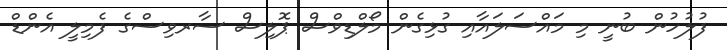
ފުލުހުން ބުނީ މި މައްސަލައާއި ގުޅިގެން މޯލްޑިވްސް ޕޮލިސް ސާރވިސްގެ ފެމިލީ އެންޑް